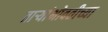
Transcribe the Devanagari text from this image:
ताऱ्यांभोवतीच्या